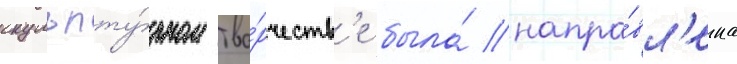
скульпту́рном тво́рчеств'е была́ напра́вл'ена